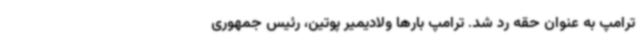
ترامپ به عنوان حقه رد شد. ترامپ بارها ولادیمیر پوتین، رئیس جمهوری